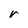
Character: r